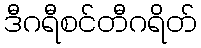
ဒီဂရီစင်တီဂရိတ်